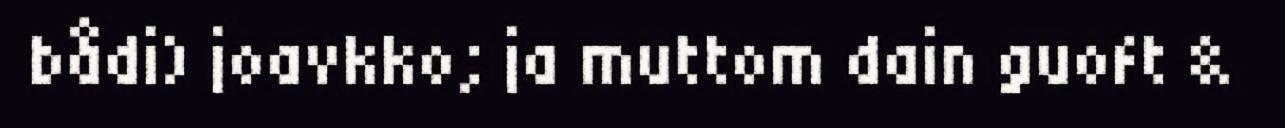
bådi) joavkko; ja muttom dain guoft &